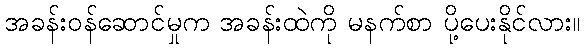
အခန်းဝန်ဆောင်မှုက အခန်းထဲကို မနက်စာ ပို့ပေးနိုင်လား။